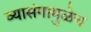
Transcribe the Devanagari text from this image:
व्यासंगामुळेच